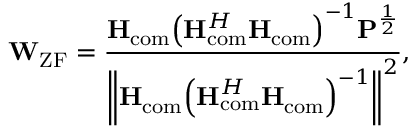
{ { \bf { W } } _ { \mathrm { { Z F } } } } = \frac { { { { \bf { H } } _ { { \mathrm { c o m } } } } { { \left( { { \bf { H } } _ { \mathrm { { c o m } } } ^ { H } { { \bf { H } } _ { { \mathrm { c o m } } } } } \right) } ^ { - 1 } } { { \bf { P } } ^ { \frac { 1 } { 2 } } } } } { { { { \left\| { { { \bf { H } } _ { \mathrm { { c o m } } } } { { \left( { { \bf { H } } _ { { \mathrm { c o m } } } ^ { H } { { \bf { H } } _ { \mathrm { { c o m } } } } } \right) } ^ { - 1 } } } \right\| } ^ { 2 } } } } ,